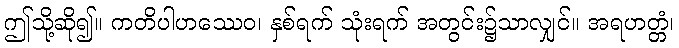
ဤသို့ဆို၍။ ကတိပါဟဿေဝ၊ နှစ်ရက် သုံးရက် အတွင်း၌သာလျှင်။ အရဟတ္တံ၊